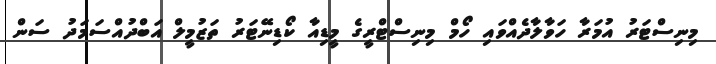
މިނިސްޓަރު އުމަރާ ހަވާލާދެއްވައި ހޯމް މިނިސްޓްރީގެ މީޑިއާ ކޯޑިނޭޓަރު ތަޒުމީލް އަބްދުއްސަމަދު ސަން